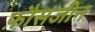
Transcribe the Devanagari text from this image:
फ़ौसजीन